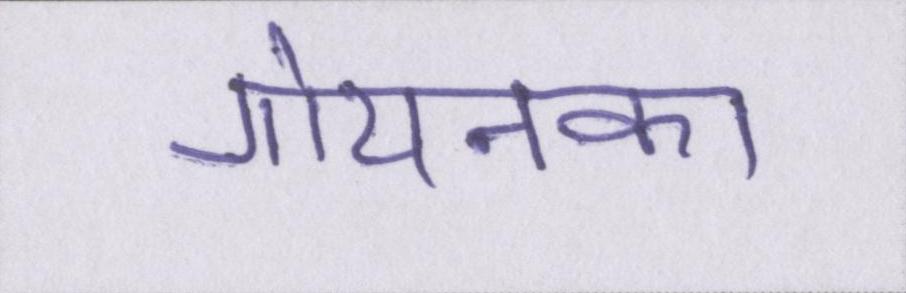
गोयनका